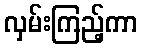
လှမ်းကြည့်ကာ